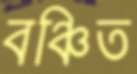
বঞ্চিত